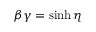
\beta \gamma = \sinh \eta